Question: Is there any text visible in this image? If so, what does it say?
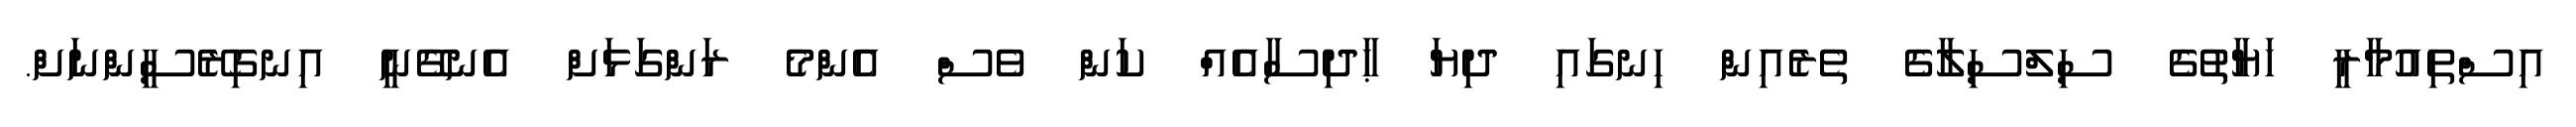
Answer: އިސްތިއުމާރީ ހަޔާތުގެ ސިލްސިލާގެ ތެރެއިން ހިނގައި ދިޔަ ޙާދިސާއެއް ކަން ވެސް އެންމެ ރަންގަޅަށް އެނގޭނީ އިނގިރޭސީންނަށް.